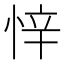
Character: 𭝅